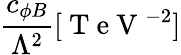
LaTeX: \frac{c_{\phi B}}{\Lambda^{2}}[\mathrm{~T~e~V~}^{-2}]